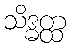
သိဒ္ဓတ္ထ